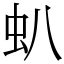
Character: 𧈢